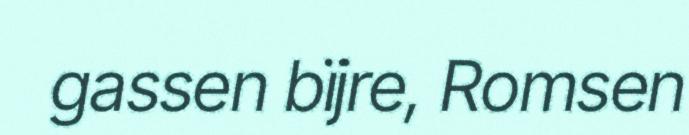
gassen bïjre, Romsen